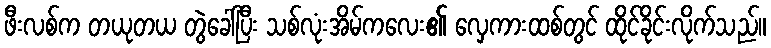
ဖီးလစ်က တယုတယ တွဲခေါ်ပြီး သစ်လုံးအိမ်ကလေး၏ လှေကားထစ်တွင် ထိုင်ခိုင်းလိုက်သည်။